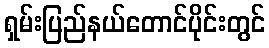
ရှမ်းပြည်နယ်တောင်ပိုင်းတွင်